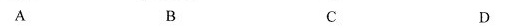
A B C D